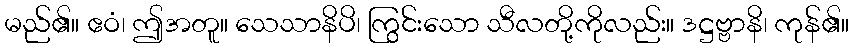
မည်၏။ ဧဝံ၊ ဤအတူ။ သေသာနိပိ၊ ကြွင်းသော သီလတို့ကိုလည်း။ ဒဋ္ဌဗ္ဗာနိ၊ ကုန်၏။